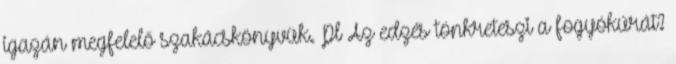
igazán megfelelő szakácskönyvük. Pl Az edzés tönkreteszi a fogyókúrát?